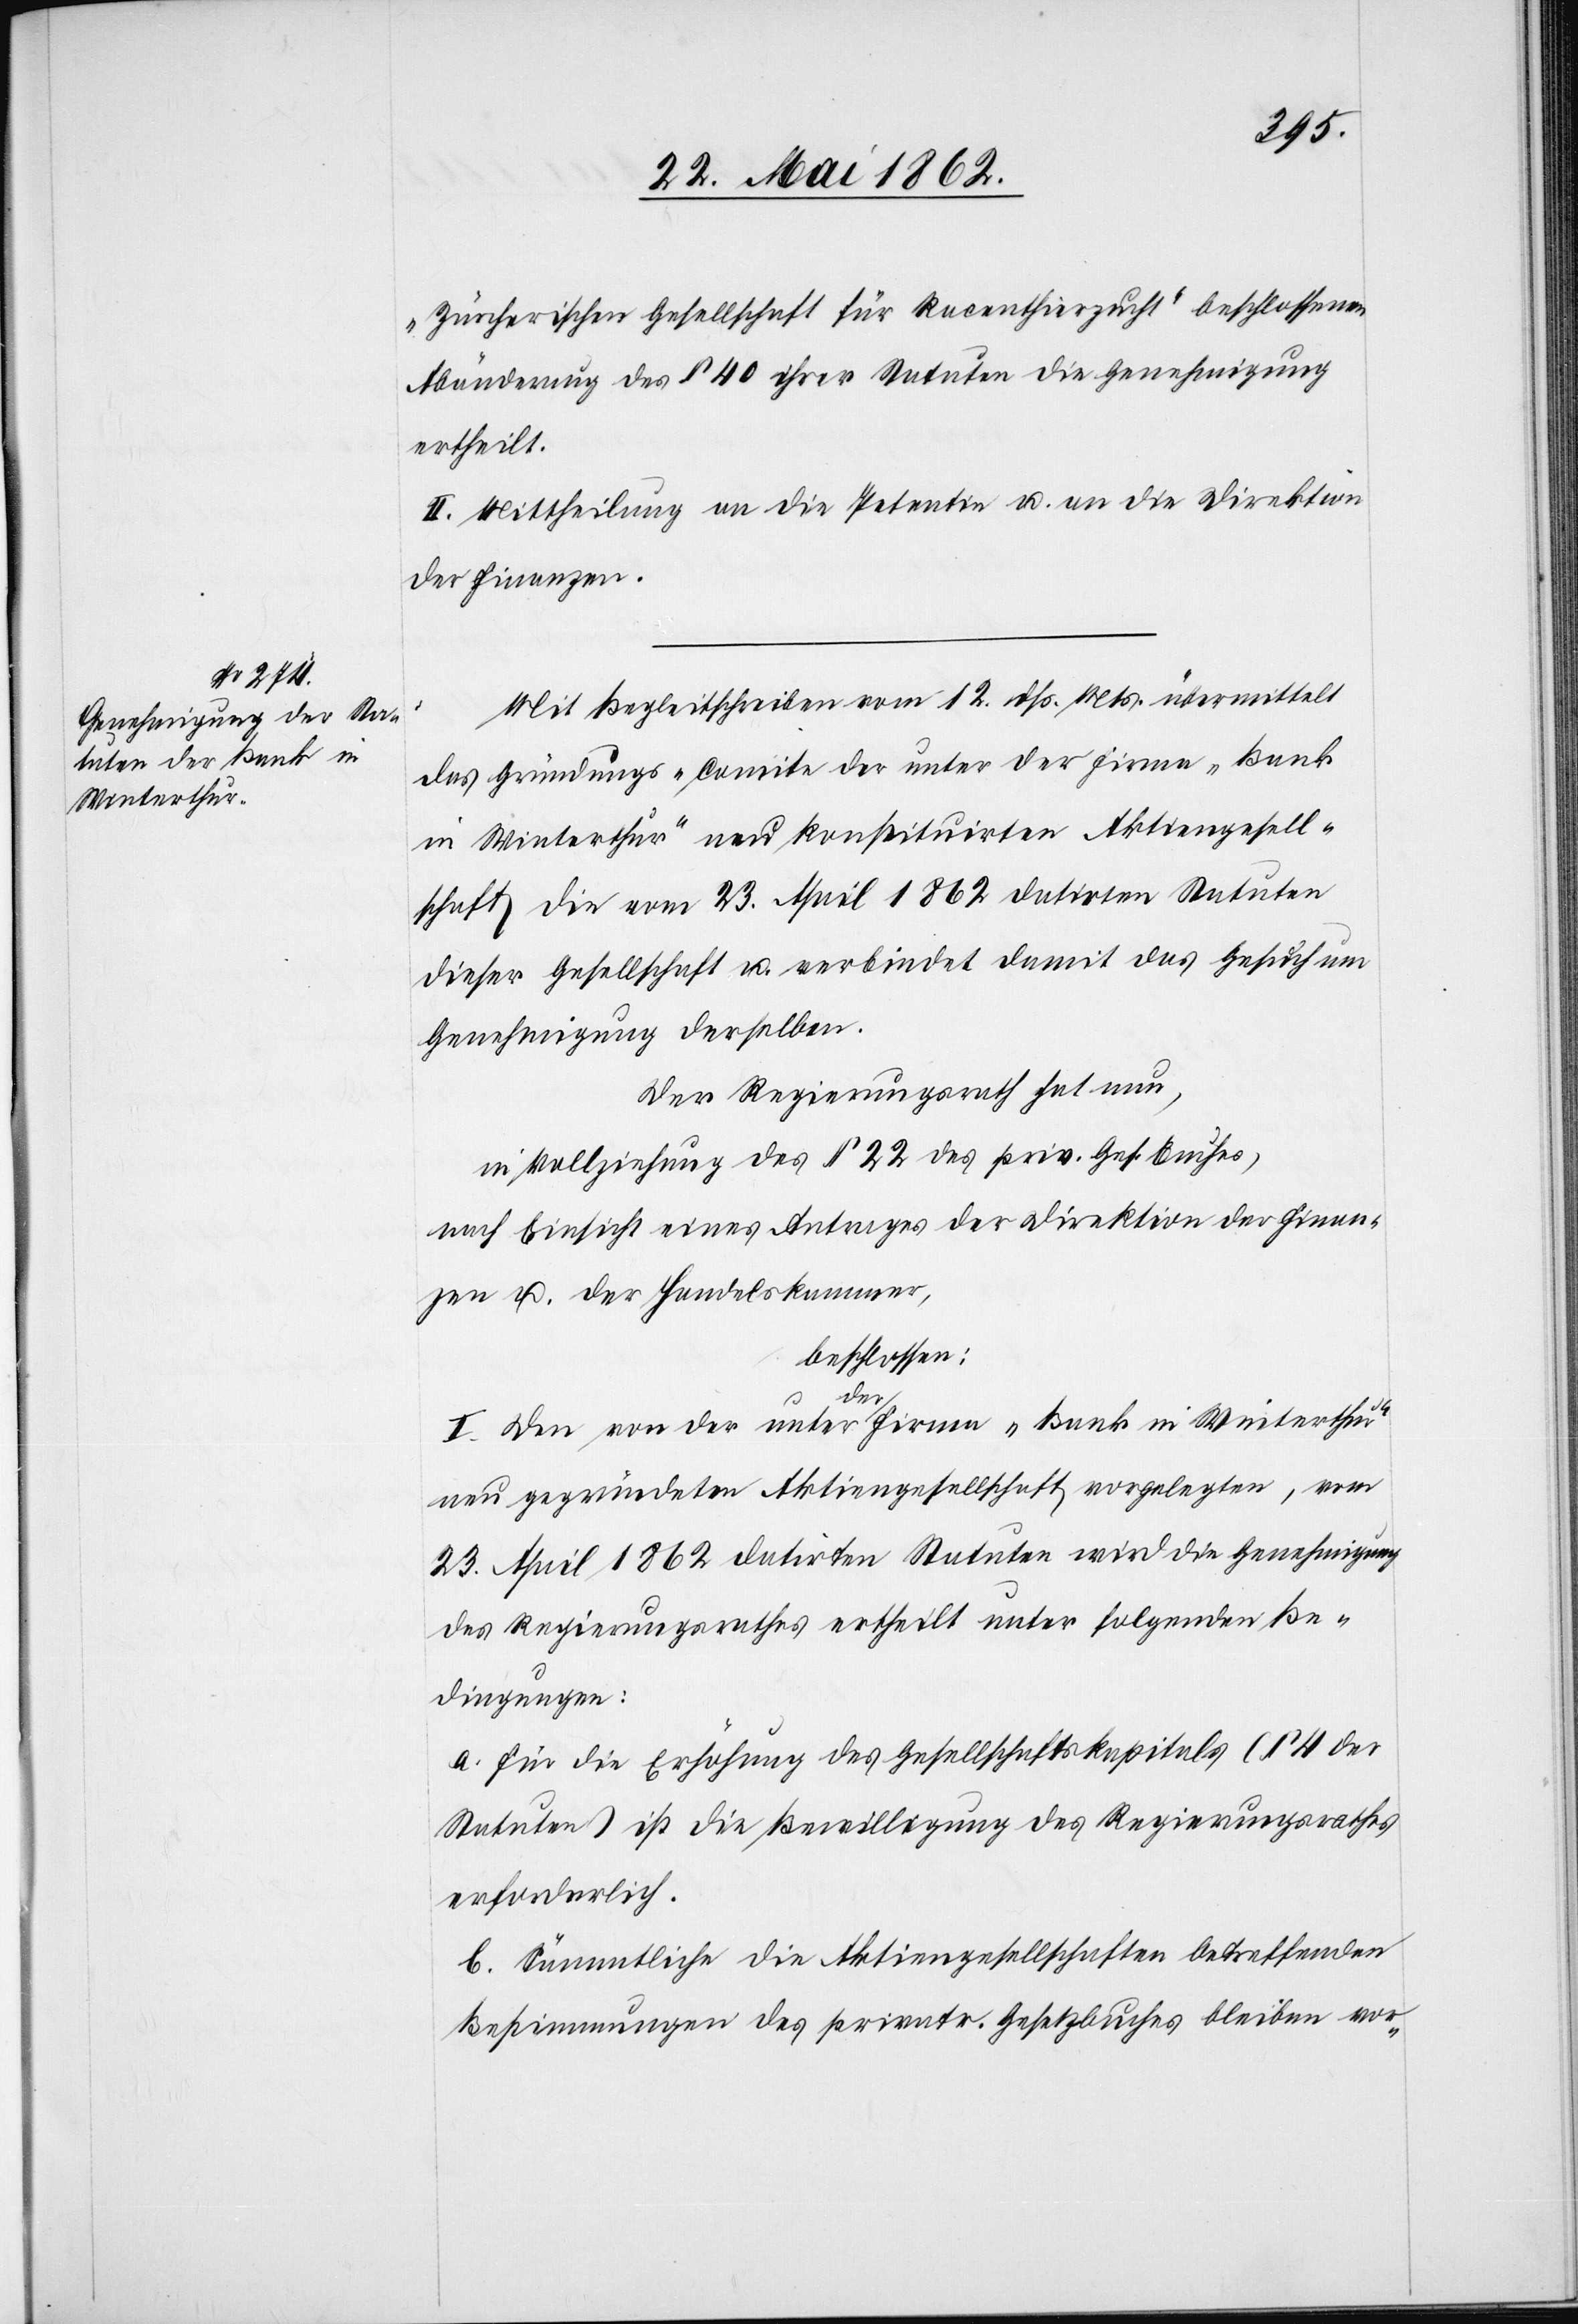
„Zürcherischen Gesellschaft für Racenthierzucht“ beschlossenen
Abänderung des §. 40 ihrer Statuten die Genehmigung
ertheilt.
II. Mittheilung an die Petentin u. an die Direktion
der Finanzen.
Mit Begleitschreiben vom 12. dß. Mts. übermittelt
das Gründungs-Comite der unter der Firma „Bank
in Winterthur“ neu konstituirten Aktiengesell¬
schaft die vom 23. April 1862 datirten Statuten
dieser Gesellschaft u. verbindet damit das Gesuch um
Genehmigung derselben.
Der Regierungsrath hat nun,
in Vollziehung des § 22 des priv. Ges. Buches,
nach Einsicht eines Antrages der Direktion der Finan¬
zen u. der Handelskammer,
beschlossen:
I. Den von der unter der Firma „Bank in Winterthur“
neu gegründeten Aktiengesellschaft vorgelegten, vom
23. April 1862 datirten Stauten wird die Genehmigung
des Regierungsrathes ertheilt unter folgenden Be¬
dingungen:
a. für die Erhöhung des Gesellschaftskapitals (§ 4 der
Statuten) ist die Bewilligung des Regierungsrathes
erforderlich.
b. Sämmtliche die Aktiengesellschaft betreffenden
Bestimmungen des privatr. Gesetzbuches bleiben vor-